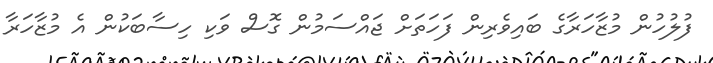
ފުލުހުން މުޒާހަރާގެ ބައިވެރިން ފަހަތަށް ޖައްސަމުން ގޮސް ވަކި ހިސާބަކުން އެ މުޒާހަރާ